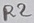
Text: R2